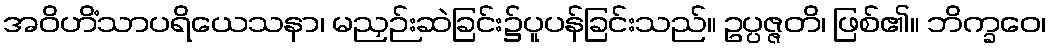
အဝိဟိံသာပရိယေသနာ၊ မညှဉ်းဆဲခြင်း၌ပူပန်ခြင်းသည်။ ဥပ္ပဇ္ဇတိ၊ ဖြစ်၏။ ဘိက္ခဝေ၊